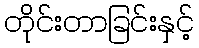
တိုင်းတာခြင်းနှင့်